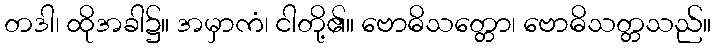
တဒါ၊ ထိုအခါ၌။ အမှာကံ၊ ငါတို့၏။ ဗောဓိသတ္တော၊ ဗောဓိသတ္တသည်။